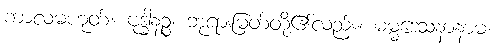
ကာလမဟုတ်။ ဗုဒ္ဓါနဉ္စ၊ ဘုရားမြတ်တို့၏လည်း။ ဓမ္မဒေသနာနာမ၊